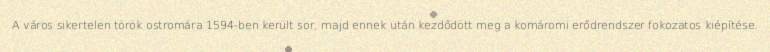
A város sikertelen török ostromára 1594-ben került sor, majd ennek után kezdődött meg a komáromi erődrendszer fokozatos kiépítése.